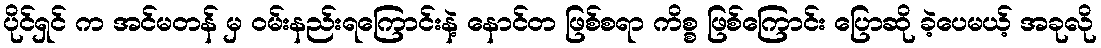
ပိုင်ရှင် က အင်မတန် မှ ဝမ်းနည်းရကြောင်းနဲ့ နောင်တ ဖြစ်စရာ ကိစ္စ ဖြစ်ကြောင်း ပြောဆို ခဲ့ပေမယ့် အခုလို